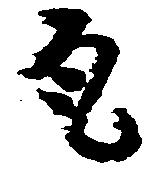
尾